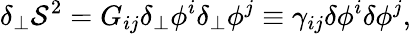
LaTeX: \delta_{\perp}\mathcal{S}^{2}=G_{ij}\delta_{\perp}\phi^{i}\delta_{\perp}\phi^{j}\equiv\gamma_{ij}\delta\phi^{i}\delta\phi^{j},